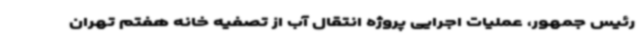
رئیس جمهور، عملیات اجرایی پروژه انتقال آب از تصفیه خانه هفتم تهران